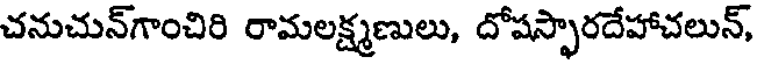
చనుచున్గాంచిరి రామలక్ష్మణులు, దోషస్ఫారదేహాచలున్,